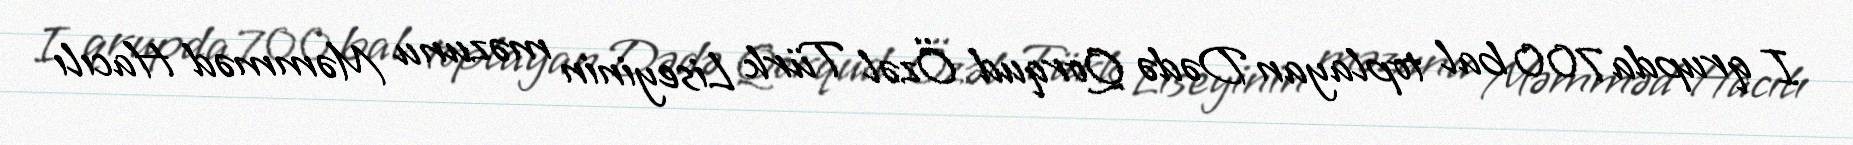
I qrupda 700 bal toplayan Dədə Qorqud Özəl Türk Liseyinin məzunu Məmməd Hacılı